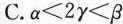
C.$$α < 2 γ < β$$